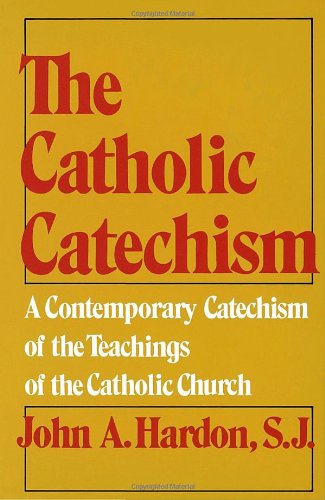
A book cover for The Catholic Catechism: A Contemporary Catechism of the Teachings of the Catholic Church; John A. Hardon; Christian Books & Bibles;